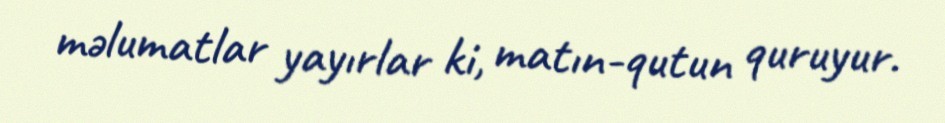
məlumatlar yayırlar ki, matın-qutun quruyur.